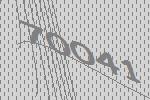
70041